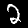
Digit: 2